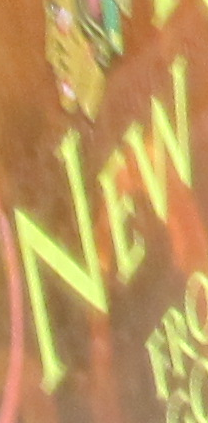
NEW